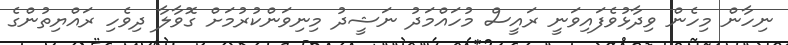
ނިހާން މިހެން ވިދާޅުވެފައިވަނީ ރައީސް މުހައްމަދު ނަޝީދު މިނިވަންކުރުމަށް ގޮވާލާ ދިވެހި ރައްޔިތުންގެ